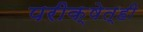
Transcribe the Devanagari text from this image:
परीक्षेत्ही